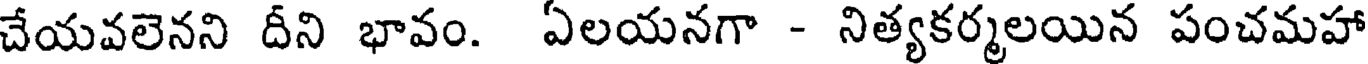
చేయవలెనని దీని భావం. ఏలయనగా - నిత్యకర్మలయిన పంచమహా